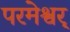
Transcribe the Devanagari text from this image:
परमेश्वर्